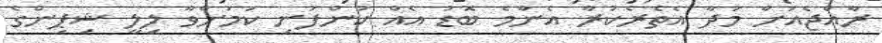
ރާއްޖެއަށް މުދާ އެތެރެކުރާ އެންމެ ބޮޑު އެއް ކުންފުނި ކަމަށްވާ ލިލީ ޝިޕިންގެ